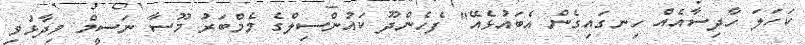
ކަހަލަ ހާދިސާއެއް ހިނގައިގެން އެބައުޅެއޭ" ފެހެންދޫ ކައުންސިލްގެ މެމްބަރު މޫސާ ނަސީމް ވިދާޅުވި